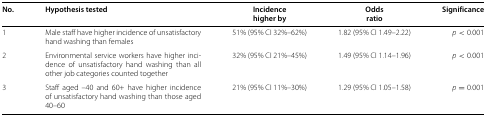
<table><thead><tr><td><b>No.</b></td><td><b>Hypothesis tested</b></td><td><b>Incidence</b></td><td><b>Odds</b></td><td><b>Significance</b></td></tr><tr><td><b> </b></td><td><b> </b></td><td><b>higher by</b></td><td><b>ratio</b></td><td><b> </b></td></tr></thead><tbody><tr><td>1</td><td>Male staff have higher incidence of unsatisfactory hand washing than females</td><td>51% (95% CI 32%–62%)</td><td>1.82 (95% CI 1.49–2.22)</td><td><i>p</i>&lt;0.001</td></tr><tr><td>2</td><td>Environmental service workers have higher incidence of unsatisfactory hand washing than all other job categories counted together</td><td>32% (95% CI 21%–45%)</td><td>1.49 (95% CI 1.14–1.96)</td><td><i>p</i>&lt;0.001</td></tr><tr><td>3</td><td>Staff aged –40 and 60+ have higher incidence of unsatisfactory hand washing than those aged 40–60</td><td>21% (95% CI 11%–30%)</td><td>1.29 (95% CI 1.05–1.58)</td><td><i>p</i>=0.001</td></tr></tbody></table>